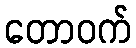
တောဝက်